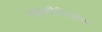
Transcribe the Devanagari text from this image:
महापरिनिर्वाणा